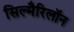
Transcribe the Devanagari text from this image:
सिल्मैरिलॉन